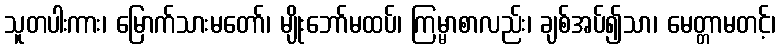
သူတပါးကား၊ မြောက်သားမတော်၊ မျိုးဘော်မထပ်၊ ကြမ္မာစာလည်း၊ ချစ်အပ်၍သာ၊ မေတ္တာမတင့်၊